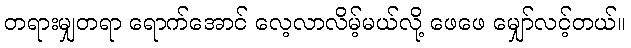
တရားမျှတရာ ရောက်အောင် လေ့လာလိမ့်မယ်လို့ ဖေဖေ မျှော်လင့်တယ်။